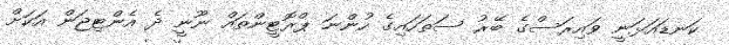
ކަނޑައަޅަނީ ވައިރަސްގެ ބޭރު ސަތަހައިގެ ހުންނަ ޕްރޮޓީންތައް ނޫނީ ދެ އެންޓިޖަން އަކަށް